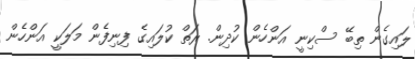
ލައިގެން ތިބޭ ސްކިނީ އަންހެން ކުދިން. ރަތް ކުލައިގެ ފިނިފެން މަލަކީ އަންހެން